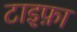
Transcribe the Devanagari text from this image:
टाइफ़ा